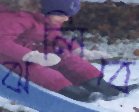
ঝলিবে